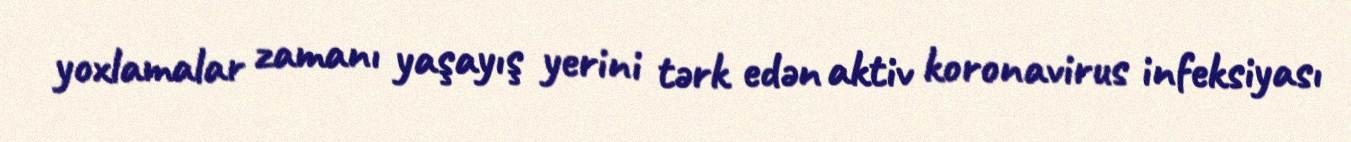
yoxlamalar zamanı yaşayış yerini tərk edən aktiv koronavirus infeksiyası